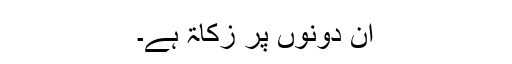
ان دونوں پر زکاۃ ہے۔